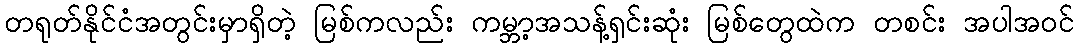
တရုတ်နိုင်ငံအတွင်းမှာရှိတဲ့ မြစ်ကလည်း ကမ္ဘာ့အသန့်ရှင်းဆုံး မြစ်တွေထဲက တစင်း အပါအဝင်